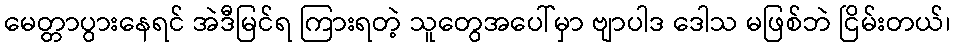
မေတ္တာပွားနေရင် အဲဒီမြင်ရ ကြားရတဲ့ သူတွေအပေါ်မှာ ဗျာပါဒ ဒေါသ မဖြစ်ဘဲ ငြိမ်းတယ်၊